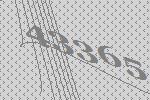
43365